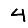
Digit: 4